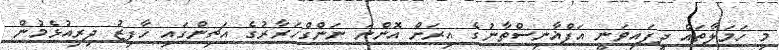
މި ހަމަލާތައް ދީފައިވަނީ އަފްޣާނިސްތާނުގެ އިރަށް އޮންނަ ނަންގްހަރާރުގެ އަޗިންގައި ހާފިޒު ދިރިއުޅެމުން